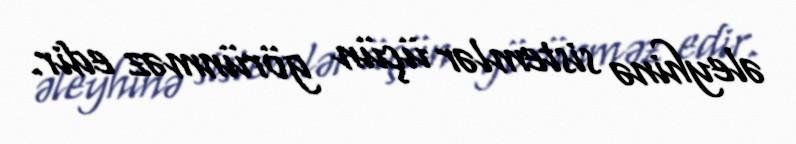
əleyhinə sistemlər üçün görünməz edir.